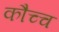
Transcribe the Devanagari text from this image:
कौच्च